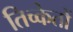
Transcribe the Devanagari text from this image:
तिच्केतों